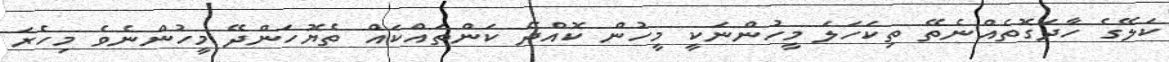
ކަލޭގެ ހާދަގޮތެއްނެތޭ ތިކަހަލަ މީހުންނަކީ މީހުން ކޮއްދޭ ކަންތައްކައް ތެޔޮހަންދޭ މީހުންނެވެ މިހެރަ